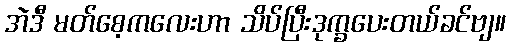
အဲဒီ မတ်စေ့ကလေးဟာ သိပ်ပြီးဒုက္ခပေးတယ်ခင်ဗျ။